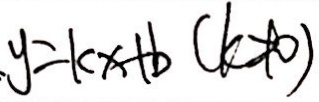
y = k x + b ( k \neq 0 )